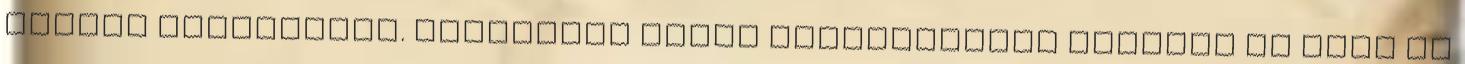
bazári kávéházban. Foglaljon olcsó repülőjegyet Kairóba és élje át